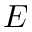
E